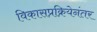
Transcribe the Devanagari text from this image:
विकासप्रक्रियेनंतर